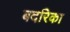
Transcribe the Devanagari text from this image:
बदरिका